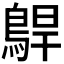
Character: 𱈫